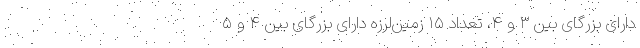
دارای بزرگای بین ۳ و ۴، تعداد ۱۵ زمین‌لرزه دارای بزرگای بین ۴ و ۵